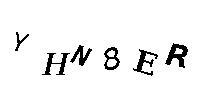
YHN8ER